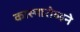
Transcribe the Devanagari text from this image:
कास्पारोव्हने